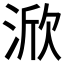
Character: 𱦷